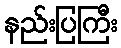
နည်းပြကြီး